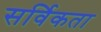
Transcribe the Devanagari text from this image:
सर्विकता